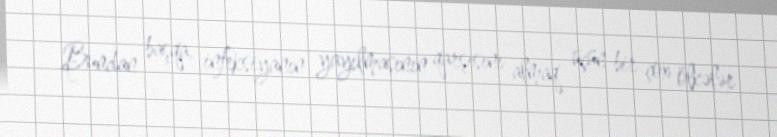
Bundan başqa, infeksiyanın yayılmasının qarşısını almaq üçün bir çox ölkələr